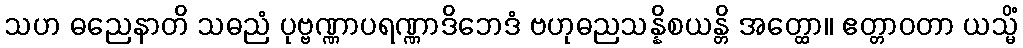
သဟ ဓညေနာတိ သဓညံ ပုဗ္ဗဏ္ဏာပရဏ္ဏာဒိဘေဒံ ဗဟုဓညသန္နိစယန္တိ အတ္ထော။ ဧတ္တာဝတာ ယသ္မိံ